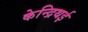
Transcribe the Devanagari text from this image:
केन्द्रिथई